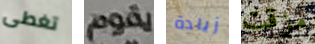
تغطى يقوم زيادة مزقت